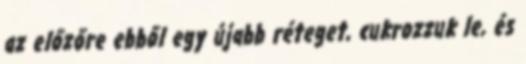
az előzőre ebből egy újabb réteget, cukrozzuk le, és